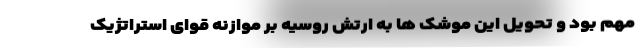
مهم بود و تحویل این موشک ها به ارتش روسیه بر موازنه قوای استراتژیک